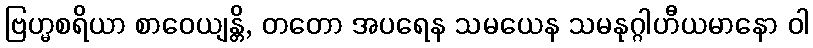
ဗြဟ္မစရိယာ စာဝေယျန္တိ, တတော အပရေန သမယေန သမနုဂ္ဂါဟီယမာနော ဝါ